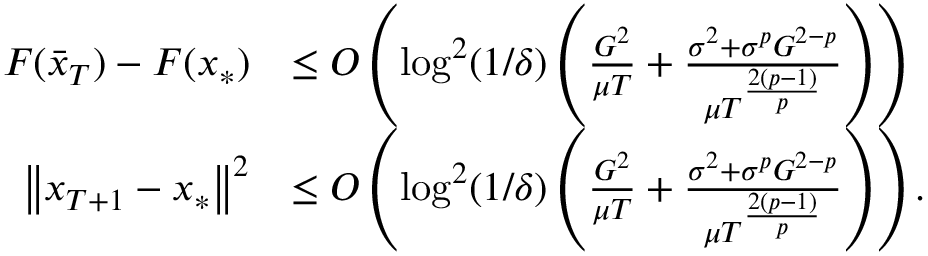
\begin{array} { r l } { F ( \bar { x } _ { T } ) - F ( x _ { * } ) } & { \leq O \left( \log ^ { 2 } ( 1 / \delta ) \left( \frac { G ^ { 2 } } { \mu T } + \frac { \sigma ^ { 2 } + \sigma ^ { p } G ^ { 2 - p } } { \mu T ^ { \frac { 2 ( p - 1 ) } { p } } } \right) \right) } \\ { \left\Vert x _ { T + 1 } - x _ { * } \right\Vert ^ { 2 } } & { \leq O \left( \log ^ { 2 } ( 1 / \delta ) \left( \frac { G ^ { 2 } } { \mu T } + \frac { \sigma ^ { 2 } + \sigma ^ { p } G ^ { 2 - p } } { \mu T ^ { \frac { 2 ( p - 1 ) } { p } } } \right) \right) . } \end{array}